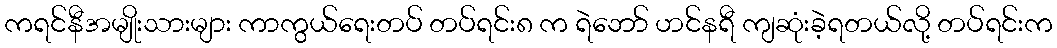
ကရင်နီအမျိုးသားများ ကာကွယ်ရေးတပ် တပ်ရင်း၈ က ရဲဘော် ဟင်နရီ ကျဆုံးခဲ့ရတယ်လို့ တပ်ရင်းက